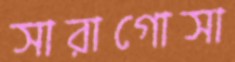
সারাগোসা